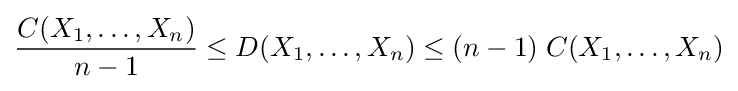
{\frac {C(X_{1},\ldots ,X_{n})}{n-1}}\leq D(X_{1},\ldots ,X_{n})\leq (n-1)\;C(X_{1},\ldots ,X_{n})